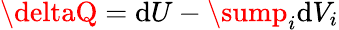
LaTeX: \deltaQ=\mathrm{d}U-\sump_{i}\mathrm{d}V_{i}